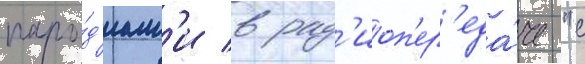
паро́д'иам'и в рад'иоп'ер'еда́че "с